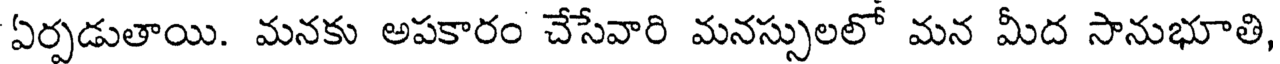
ఏర్పడుతాయి. మనకు అపకారం చేసేవారి మనస్సులలో మన మీద సానుభూతి